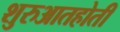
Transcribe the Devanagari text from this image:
शुरुआतहोती